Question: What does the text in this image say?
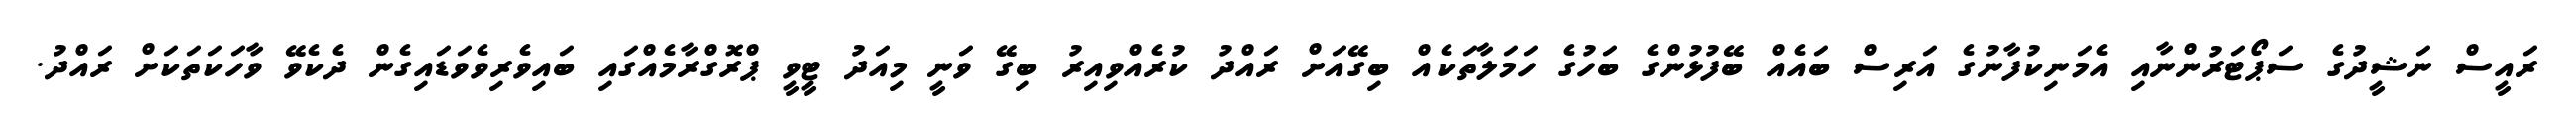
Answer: ރައީސް ނަޝީދުގެ ސަޕޯޓަރުންނާއި އެމަނިކުފާނުގެ އަރިސް ބައެއް ބޭފުޅުންގެ ބަހުގެ ހަމަލާތަކެއް ބިގޭއަށް ރައްދު ކުރެއްވިއިރު ބިގޭ ވަނީ މިއަދު ޓީވީ ޕްރޮގްރާމެއްގައި ބައިވެރިވެވަޑައިގެން ދެކެވޭ ވާހަކަތަކަށް ރައްދު.